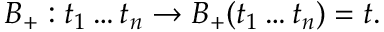
B _ { + } : t _ { 1 } \ldots t _ { n } \to B _ { + } ( t _ { 1 } \ldots t _ { n } ) = t .